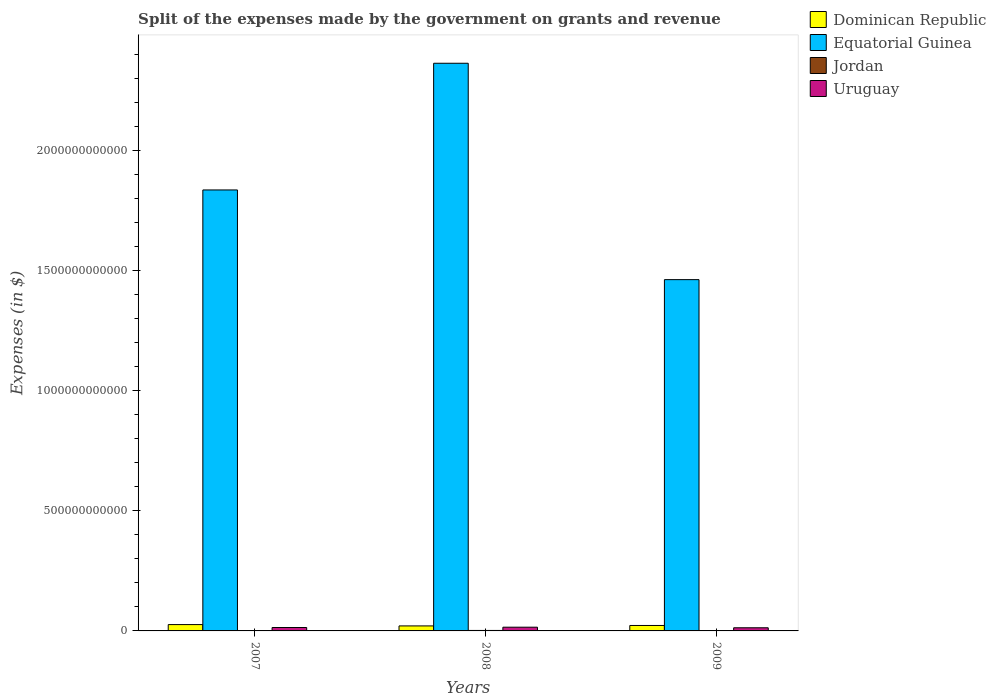
| Years | Dominican Republic | Equatorial Guinea | Jordan | Uruguay |
 | --- | --- | --- | --- | --- |
 | 2007 | 2.64e+10 | 1.84e+12 | 9.58e+08 | 1.42e+10 |
 | 2008 | 2.09e+10 | 2.36e+12 | 1.96e+09 | 1.55e+10 |
 | 2009 | 2.26e+10 | 1.46e+12 | 1.62e+09 | 1.31e+10 |